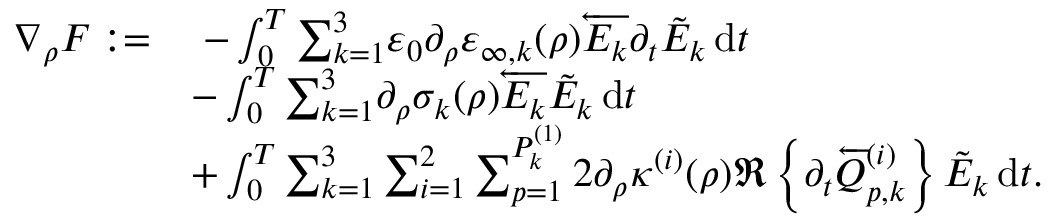
\begin{array} { r l } { \nabla _ { \rho } F : = } & { \; - \int _ { 0 } ^ { T } { \sum _ { k = 1 } ^ { 3 } } \varepsilon _ { 0 } \partial _ { \rho } \varepsilon _ { \infty , k } ( \rho ) \overleftarrow { E _ { k } } \partial _ { t } \Tilde { E } _ { k } \, \mathrm { d } t } \\ & { - \int _ { 0 } ^ { T } { \sum _ { k = 1 } ^ { 3 } } \partial _ { \rho } \sigma _ { k } ( \rho ) \overleftarrow { E _ { k } } \Tilde { E } _ { k } \, \mathrm { d } t } \\ & { + \int _ { 0 } ^ { T } { \sum _ { k = 1 } ^ { 3 } } \sum _ { i = 1 } ^ { 2 } \sum _ { p = 1 } ^ { P _ { k } ^ { ( 1 ) } } 2 \partial _ { \rho } \kappa ^ { ( i ) } ( \rho ) \Re \left\{ \partial _ { t } \overleftarrow { Q } _ { p , k } ^ { ( i ) } \right\} \Tilde { E } _ { k } \, \mathrm { d } t . } \end{array}